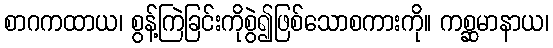
စာဂကထာယ၊ စွန့်ကြဲခြင်းကိုစွဲ၍ဖြစ်သောစကားကို။ ကစ္ဆမာနာယ၊